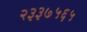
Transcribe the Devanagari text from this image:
२३३७५६५